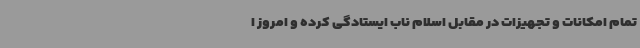
تمام امکانات و تجهیزات در مقابل اسلام ناب ایستادگی کرده و امروز ا